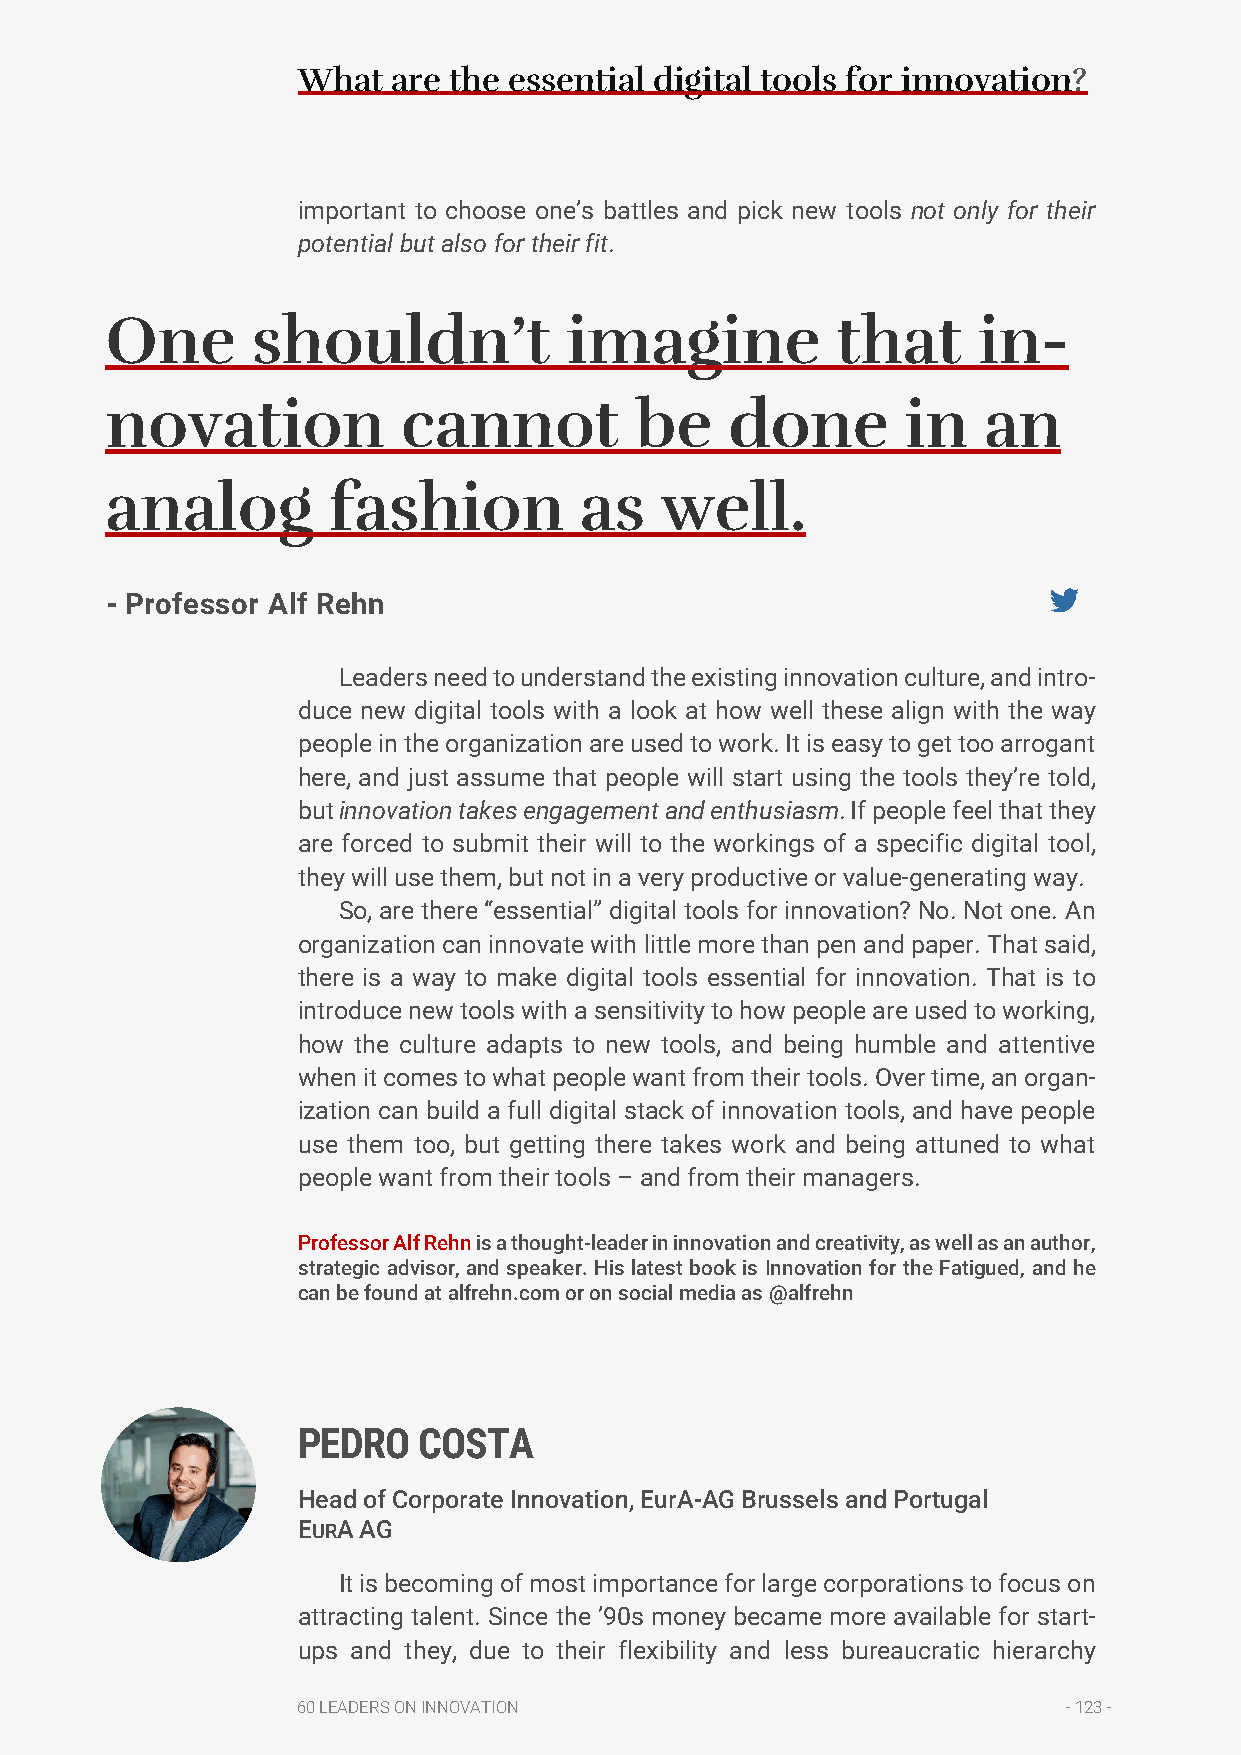
What  are the essential digital tools for innovation?
 important to choose one’s battles and pick new tools not only for their
 potential but also for their fit.
 One       shouldn’t           imagine           that      in-
 novation            cannot         be    done        in   an
 analog         fashion         as    well.
 - Professor Alf Rehn
 Leaders need to understand the existing innovation culture, and intro-
 duce new digital tools with a look at how well these align with the way
 people in the organization are used to work. It is easy to get too arrogant
 here, and just assume that people will start using the tools they’re told,
 but innovation takes engagement and enthusiasm. If people feel that they
 are forced to submit their will to the workings of a specific digital tool,
 they will use them, but not in a very productive or value-generating way.
 So, are there “essential” digital tools for innovation? No. Not one. An
 organization can innovate with little more than pen and paper. That said,
 there is a way to make digital tools essential for innovation. That is to
 introduce new tools with a sensitivity to how people are used to working,
 how the culture adapts to new tools, and being humble and attentive
 when it comes to what people want from their tools. Over time, an organ-
 ization can build a full digital stack of innovation tools, and have people
 use them too, but getting there takes work and being attuned to what
 people want from their tools – and from their managers.
 Professor Alf Rehn is a thought-leader in innovation and creativity, as well as an author,
 strategic advisor, and speaker. His latest book is Innovation for the Fatigued, and he
 can be found at alfrehn.com or on social media as @alfrehn
 PEDRO   COSTA
 Head of Corporate Innovation, EurA-AG Brussels and Portugal
 EURA AG
 It is becoming of most importance for large corporations to focus on
 attracting talent. Since the ’90s money became more available for start-
 ups and they, due to their flexibility and less bureaucratic hierarchy
 60 LEADERS ON INNOVATION                           - 123 -